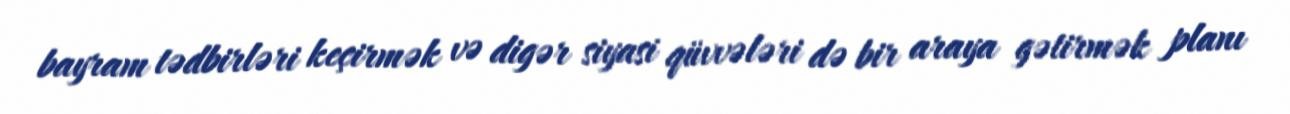
bayram tədbirləri keçirmək və digər siyasi qüvvələri də bir araya gətirmək planı